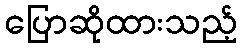
ပြောဆိုထားသည့်